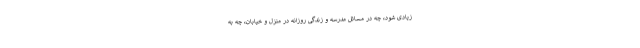
زیادی شود، چه در مسائل مدرسه و زندگی روزانه در منزل و خیابان، چه به